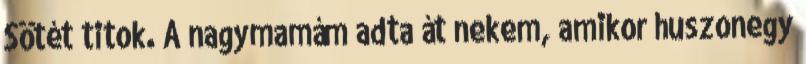
Sötét titok. A nagymamám adta át nekem, amikor huszonegy